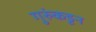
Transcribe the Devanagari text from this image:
गुरुंकडून